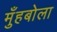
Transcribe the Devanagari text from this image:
मुँहबोला